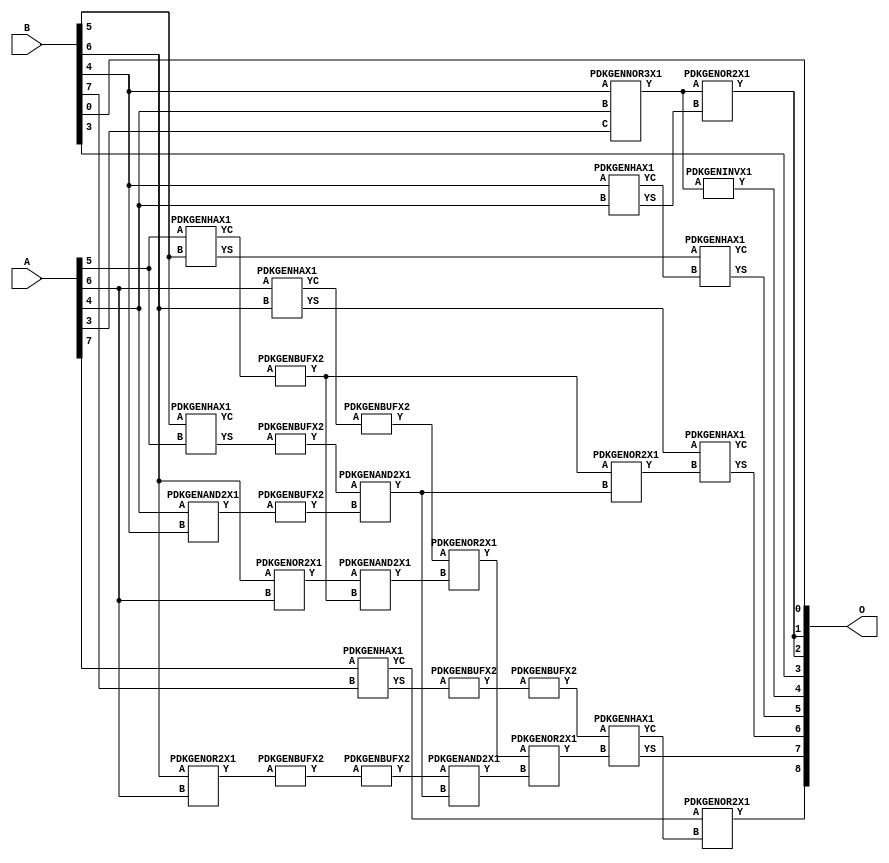
// Library = EvoApprox8b
// Circuit = add8_407
// Area   (180) = 1264
// Delay  (180) = 0.830
// Power  (180) = 363.10
// Area   (45) = 86
// Delay  (45) = 0.340
// Power  (45) = 29.05
// Nodes = 29
// HD = 188032
// MAE = 5.01562
// MSE = 40.25000
// MRE = 2.64 %
// WCE = 16
// WCRE = 600 %
// EP = 93.0 %

module add8_407(A, B, O);
  input [7:0] A;
  input [7:0] B;
  output [8:0] O;
  wire [2031:0] N;

  assign N[0] = A[0];
  assign N[1] = A[0];
  assign N[2] = A[1];
  assign N[3] = A[1];
  assign N[4] = A[2];
  assign N[5] = A[2];
  assign N[6] = A[3];
  assign N[7] = A[3];
  assign N[8] = A[4];
  assign N[9] = A[4];
  assign N[10] = A[5];
  assign N[11] = A[5];
  assign N[12] = A[6];
  assign N[13] = A[6];
  assign N[14] = A[7];
  assign N[15] = A[7];
  assign N[16] = B[0];
  assign N[17] = B[0];
  assign N[18] = B[1];
  assign N[19] = B[1];
  assign N[20] = B[2];
  assign N[21] = B[2];
  assign N[22] = B[3];
  assign N[23] = B[3];
  assign N[24] = B[4];
  assign N[25] = B[4];
  assign N[26] = B[5];
  assign N[27] = B[5];
  assign N[28] = B[6];
  assign N[29] = B[6];
  assign N[30] = B[7];
  assign N[31] = B[7];

  PDKGENOR2X1 n42(.A(N[28]), .B(N[12]), .Y(N[42]));
  PDKGENOR2X1 n44(.A(N[28]), .B(N[12]), .Y(N[44]));
  PDKGENNOR3X1 n48(.A(N[24]), .B(N[8]), .C(N[6]), .Y(N[48]));
  assign N[49] = N[48];
  PDKGENAND2X1 n68(.A(N[8]), .B(N[24]), .Y(N[68]));
  assign N[69] = N[68];
  PDKGENHAX1 n72(.A(N[24]), .B(N[8]), .YS(N[72]), .YC(N[73]));
  PDKGENHAX1 n78(.A(N[10]), .B(N[26]), .YS(N[78]), .YC(N[79]));
  PDKGENBUFX2 n80(.A(N[79]), .Y(N[80]));
  assign N[81] = N[80];
  PDKGENHAX1 n86(.A(N[12]), .B(N[28]), .YS(N[86]), .YC(N[87]));
  PDKGENHAX1 n96(.A(N[14]), .B(N[30]), .YS(N[96]), .YC(N[97]));
  PDKGENBUFX2 n128(.A(N[44]), .Y(N[128]));
  PDKGENHAX1 n134(.A(N[26]), .B(N[10]), .YS(N[134]), .YC(N[135]));
  PDKGENBUFX2 n142(.A(N[87]), .Y(N[142]));
  PDKGENBUFX2 n152(.A(N[69]), .Y(N[152]));
  PDKGENAND2X1 n162(.A(N[42]), .B(N[81]), .Y(N[162]));
  PDKGENBUFX2 n164(.A(N[96]), .Y(N[164]));
  assign N[165] = N[164];
  PDKGENBUFX2 n170(.A(N[128]), .Y(N[170]));
  PDKGENINVX1 n176(.A(N[49]), .Y(N[176]));
  assign N[177] = N[176];
  PDKGENOR2X1 n180(.A(N[142]), .B(N[162]), .Y(N[180]));
  PDKGENBUFX2 n206(.A(N[134]), .Y(N[206]));
  assign N[207] = N[206];
  PDKGENAND2X1 n226(.A(N[207]), .B(N[152]), .Y(N[226]));
  PDKGENOR2X1 n244(.A(N[80]), .B(N[226]), .Y(N[244]));
  assign N[245] = N[244];
  PDKGENAND2X1 n254(.A(N[170]), .B(N[226]), .Y(N[254]));
  PDKGENOR2X1 n272(.A(N[180]), .B(N[254]), .Y(N[272]));
  assign N[273] = N[272];
  PDKGENOR2X1 n344(.A(N[48]), .B(N[72]), .Y(N[344]));
  assign N[345] = N[344];
  PDKGENBUFX2 n376(.A(N[165]), .Y(N[376]));
  assign N[377] = N[376];
  PDKGENHAX1 n394(.A(N[78]), .B(N[73]), .YS(N[394]), .YC(N[395]));
  PDKGENHAX1 n404(.A(N[86]), .B(N[245]), .YS(N[404]), .YC(N[405]));
  PDKGENHAX1 n412(.A(N[377]), .B(N[273]), .YS(N[412]), .YC(N[413]));
  PDKGENOR2X1 n422(.A(N[97]), .B(N[413]), .Y(N[422]));

  assign O[0] = N[16];
  assign O[1] = N[345];
  assign O[2] = N[344];
  assign O[3] = N[22];
  assign O[4] = N[177];
  assign O[5] = N[394];
  assign O[6] = N[404];
  assign O[7] = N[412];
  assign O[8] = N[422];

endmodule
/* mod */
module PDKGENHAX1( input A, input B, output YS, output YC );
    assign YS = A ^ B;
    assign YC = A & B;
endmodule
/* mod */
module PDKGENOR2X1(input A, input B, output Y );
     assign Y = A | B;
endmodule
/* mod */
module PDKGENAND2X1(input A, input B, output Y );
     assign Y = A & B;
endmodule
/* mod */
module PDKGENINVX1(input A, output Y );
     assign Y = ~A;
endmodule
/* mod */
module PDKGENNOR3X1(input A, input B, input C, output Y );
     assign Y = ~((A | B) | C);
endmodule
/* mod */
module PDKGENBUFX2(input A, output Y );
     assign Y = A;
endmodule